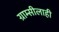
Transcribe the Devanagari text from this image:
ग्राम्सीलाही